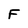
Character: F